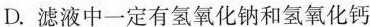
D.滤液中一定有氢氧化钠和氢氧化钙